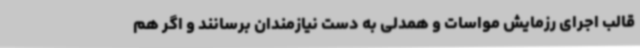
قالب اجرای رزمایش مواسات و همدلی به دست نیازمندان برسانند و اگر هم